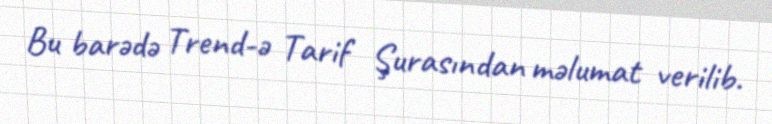
Bu barədə Trend-ə Tarif Şurasından məlumat verilib.